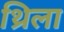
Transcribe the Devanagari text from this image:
थ्रिला